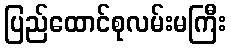
ပြည်ထောင်စုလမ်းမကြီး